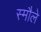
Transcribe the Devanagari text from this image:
स्मौले